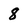
Character: 8